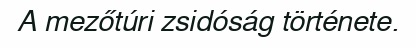
A mezőtúri zsidóság története.